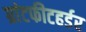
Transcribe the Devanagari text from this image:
ग्रांटफीटहर्डर